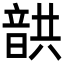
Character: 𩐠